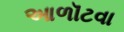
આળૉટવા